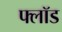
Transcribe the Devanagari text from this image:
फ्लॉड